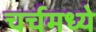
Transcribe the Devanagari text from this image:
चर्चमध्‍ये